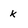
Character: k